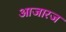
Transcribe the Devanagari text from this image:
आजारज